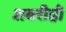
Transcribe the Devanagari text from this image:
शबरीही